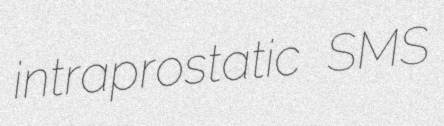
intraprostatic SMS